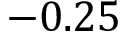
- 0 . 2 5